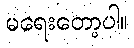
မရေးတော့ပါ။